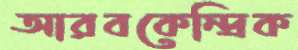
আরবকেন্দ্রিক